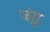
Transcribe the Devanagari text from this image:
जंग्ल